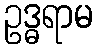
ဥဒ္ဓရာမ